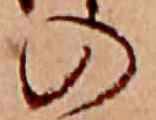
の